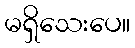
မရှိသေးပေ။